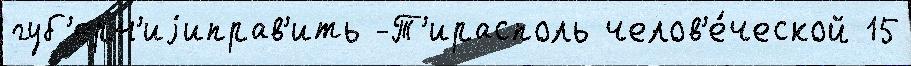
губ'ерн'иjиправ'ить -Т'ирасполь челов'е́ческой 15